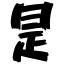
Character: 是